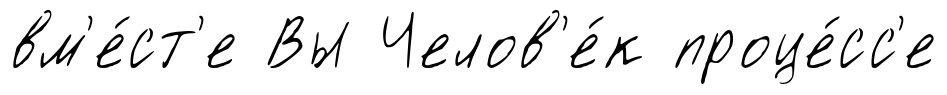
вм'е́ст'е Вы Челов'е́к проце́сс'е